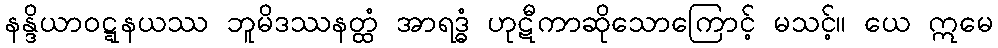
နန္ဒိယာဝဋ္ဋနယဿ ဘူမိဒဿနတ္ထံ အာရဒ္ဓံ ဟုဋီကာဆိုသောကြောင့် မသင့်။ ယေ ဣမေ